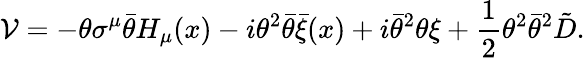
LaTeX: {\cal V}=-\theta\sigma^{\mu}\bar{\theta}H_{\mu}(x)-i\theta^{2}\bar{\theta}\bar{\xi}(x)+i\bar{\theta}^{2}\theta\xi+\frac{1}{2}\theta^{2}\bar{\theta}^{2}\tilde{D}.